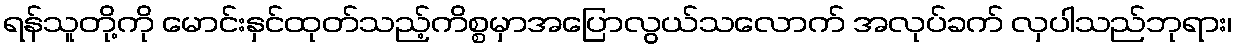
ရန်သူတို့ကို မောင်းနှင်ထုတ်သည့်ကိစ္စမှာအပြောလွယ်သလောက် အလုပ်ခက် လှပါသည်ဘုရား၊